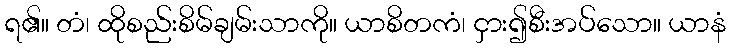
ရ၏။ တံ၊ ထိုစည်းစိမ်ချမ်းသာကို။ ယာစိတကံ၊ ငှား၍စီးအပ်သော။ ယာနံ